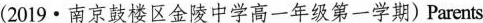
(2019·南京鼓楼区金陵中学高一年级第一学期) Parents